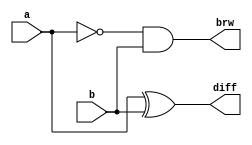
`timescale 1ns / 1ps
//////////////////////////////////////////////////////////////////////////////////
//Day6
//Half Subtractor Implementation

module half_subtractor(
    input a,b,
    output reg diff,brw
    );
always@(*) begin

diff=a^b;
brw= ~ a &b; 

end
endmodule